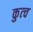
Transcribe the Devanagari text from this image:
कुत्च